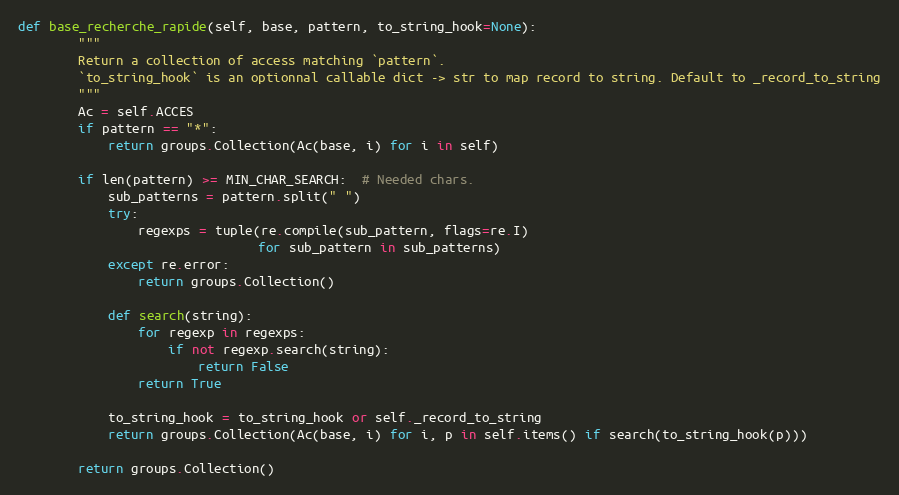
Language: Python
def base_recherche_rapide(self, base, pattern, to_string_hook=None):
        """
        Return a collection of access matching `pattern`.
        `to_string_hook` is an optionnal callable dict -> str to map record to string. Default to _record_to_string
        """
        Ac = self.ACCES
        if pattern == "*":
            return groups.Collection(Ac(base, i) for i in self)

        if len(pattern) >= MIN_CHAR_SEARCH:  # Needed chars.
            sub_patterns = pattern.split(" ")
            try:
                regexps = tuple(re.compile(sub_pattern, flags=re.I)
                                for sub_pattern in sub_patterns)
            except re.error:
                return groups.Collection()

            def search(string):
                for regexp in regexps:
                    if not regexp.search(string):
                        return False
                return True

            to_string_hook = to_string_hook or self._record_to_string
            return groups.Collection(Ac(base, i) for i, p in self.items() if search(to_string_hook(p)))

        return groups.Collection()